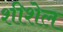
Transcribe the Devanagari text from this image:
शीशेल